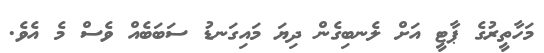
މަހާތީރުގެ ޕާޓީ އަށް ލެނބިގެން ދިޔަ މައިގަނޑު ސަބަބެއް ވެސް މެ އެވެ.